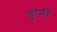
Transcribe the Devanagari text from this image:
ड्रोनी